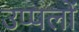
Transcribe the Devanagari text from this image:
उप्पलों